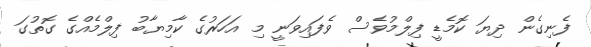
ފެނިގެން ދިޔަ ކޮމެޑީ ފިލްމުވެސް ވެފައިވަނީ މި އަހަރުގެ ކާމިޔާބު ފިލްމެއްގެ ގޮތުގަ